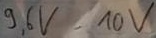
Text: 9,6V-10V